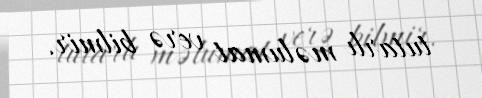
tutarlı məlumat verə bilmir.